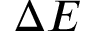
\Delta E